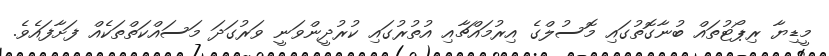
މީޑިޔާ ރިޕޯޓުތައް ބުނާގޮތުގައި މޮސުލްގެ އިރުމައްޗާއި އުތުރުގައި ކުރުދީންވަނީ ވަރުގަދަ މަސައްކަތްތަކެއް ފަށާފައެވެ.